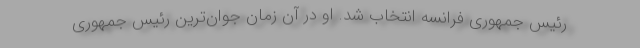
رئیس جمهوری فرانسه انتخاب شد. او در آن زمان جوان‌ترین رئیس جمهوری